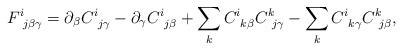
\begin{align*} F^i_{\: \: j \beta \gamma} = \partial_\beta C^i_{\: \: j \gamma} - \partial_\gamma C^i_{\: \: j \beta} + \sum_k C^i_{\: \: k \beta} C^k_{\: \: j \gamma} -\sum_k C^i_{\: \: k \gamma} C^k_{\: \: j \beta},\end{align*}